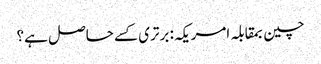
چین بمقابلہ امریکہ: برتری کسے حاصل ہے؟